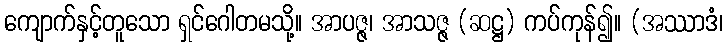
ကျောက်နှင့်တူသော ရှင်ဂေါတမသို့။ အာပဇ္ဇ၊ အာသဇ္ဇ (ဆဋ္ဌ) ကပ်ကုန်၍။ (အဿာဒံ၊